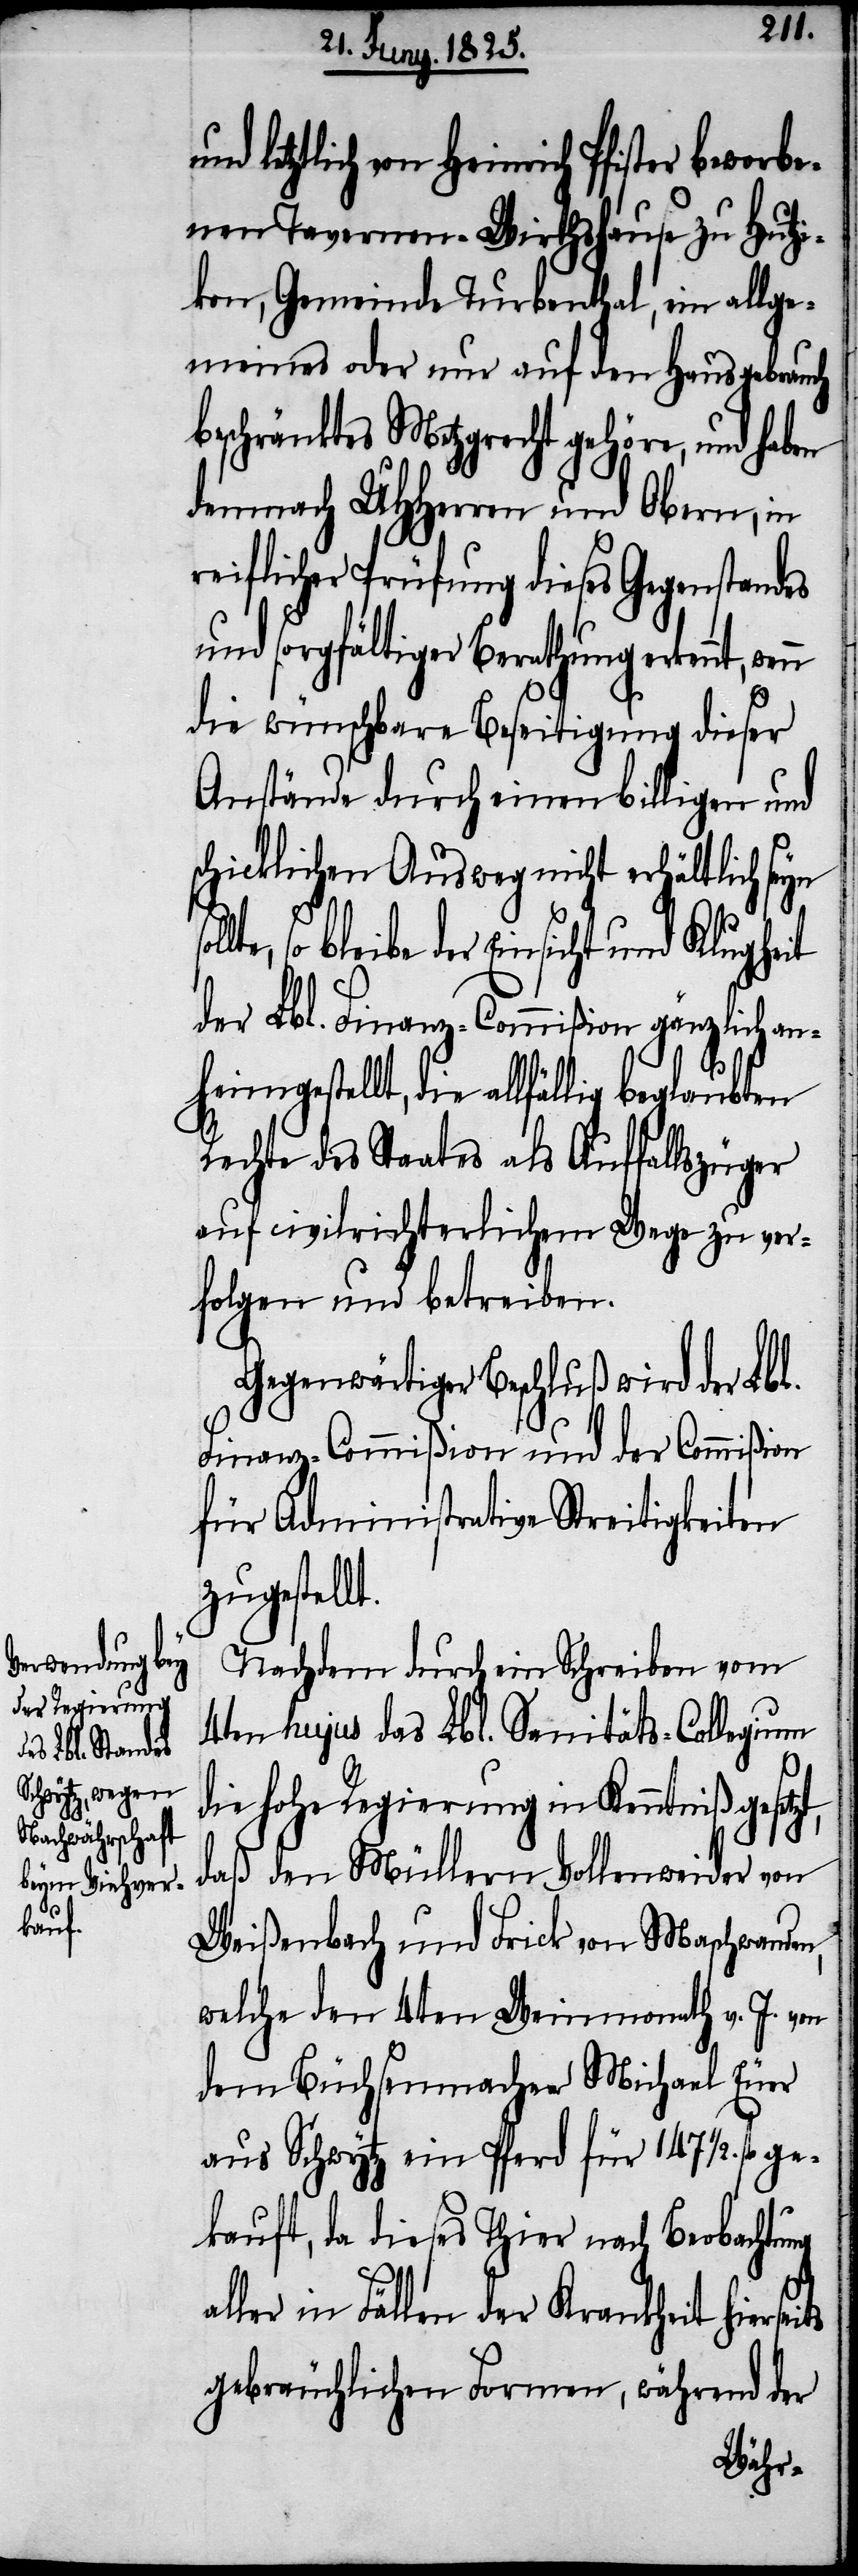
ts

letztlich von Heinrich Pfister beworb¬
enen Tavernen-Wirthshause zu Hutzi¬
kon, Gemeinde Turbenthal, ein allge¬
meines oder nur auf den Hausgebrauch
beschränktes Metzgrecht gehöre, und haben
demnach UHHerren und Obern, in
reiflicher Prüfung dieses Gegenstandes
und sorgfältiger Berathung erkennt,
die wünschbare Beseitigung dieser
Anstände durch einen billigen und
schicklichen Ausweg nicht erhältlich seyn
bleibe der Einsicht und Klugheit
der Lbl. Finanz-Commißion gänzlich an¬
heimgestellt, die allfällig beglaubten
Rechte des Staates als Auffallszüger
auf civilrichterlichem Wege zu ver¬
folgen und betreiben.
Gegenwärtiger Beschluß wird der Lbl.
Finanz-Commißion und der Commißion
für Administrative Streitigkeiten
zugestellt.
Nachdem durch ein Schreiben vom
4ten hujus das Lbl. Sanitäts-Collegium
al¬
die hohe Regierung in Kenntniß geset¬
daß den Müllern Vollenweider von
Weißenbach und Frick von Maschwanden,
welche den 4ten Weinmonath v. J. von
dem Büchsenmacher Michael Euer
aus Schwytz ein Pferd für 147 1/2. fl.
kauft, da dieses Thier nach Beobachtung
ler in Fällen der Krankheit hiersei¬
gebräuchlichen Formen, während der